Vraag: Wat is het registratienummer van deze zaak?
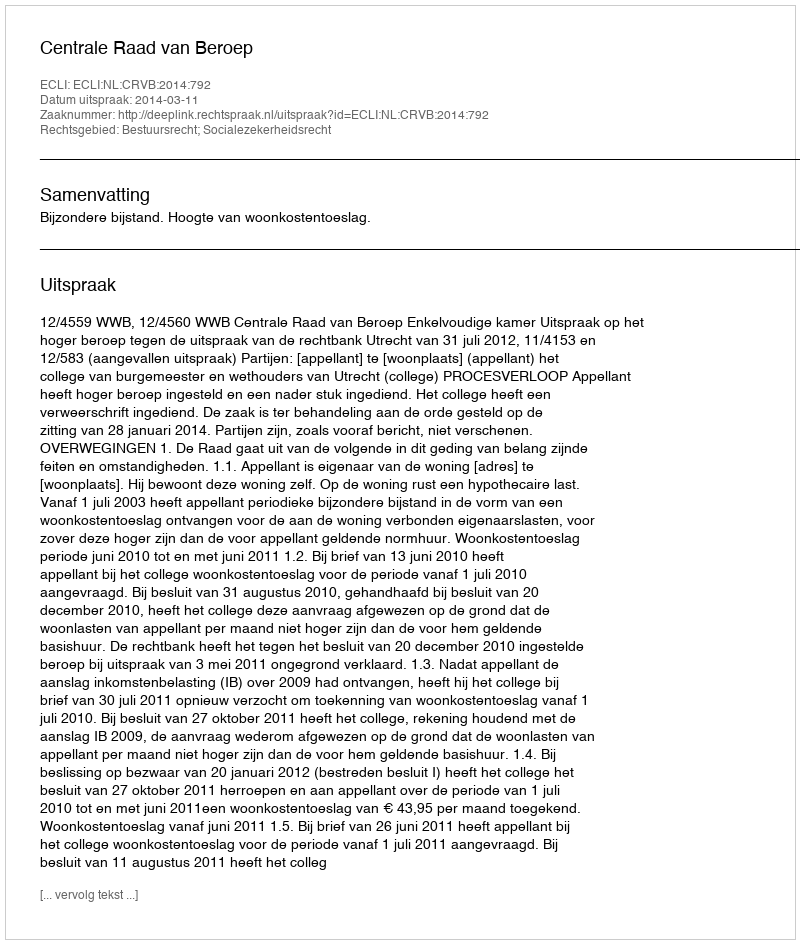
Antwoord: http://deeplink.rechtspraak.nl/uitspraak?id=ECLI:NL:CRVB:2014:792